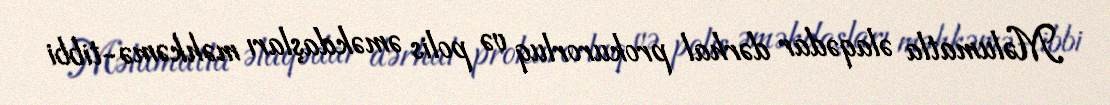
Məlumatla əlaqədar dərhal prokurorluq və polis əməkdaşları məhkəmə-tibbi